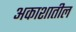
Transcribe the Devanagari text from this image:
अकाशातील